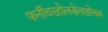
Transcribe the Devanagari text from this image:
फर्नीचरहोलसेलशोरूम